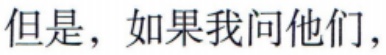
但是，如果我问他们，